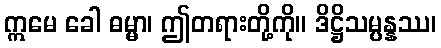
ဣမေ ခေါ ဓမ္မာ၊ ဤတရားတို့ကို။ ဒိဋ္ဌိသမ္ပန္နဿ၊